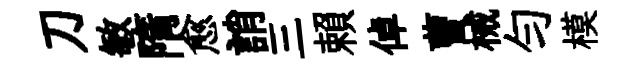
刀敏隋愈誚三賴倬曹械勻模